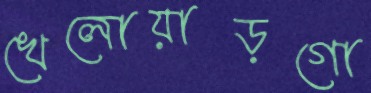
খেলোয়াড়গো